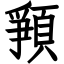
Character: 𩓞